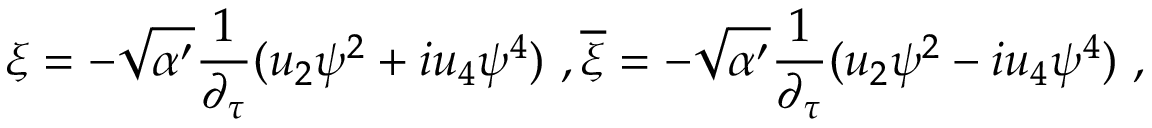
\xi = - \sqrt { \alpha ^ { \prime } } \frac { 1 } { \partial _ { \tau } } ( u _ { 2 } \psi ^ { 2 } + i u _ { 4 } \psi ^ { 4 } ) \ , \overline { { { \xi } } } = - \sqrt { \alpha ^ { \prime } } \frac { 1 } { \partial _ { \tau } } ( u _ { 2 } \psi ^ { 2 } - i u _ { 4 } \psi ^ { 4 } ) \ ,